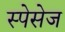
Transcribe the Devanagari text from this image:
स्पेसेज